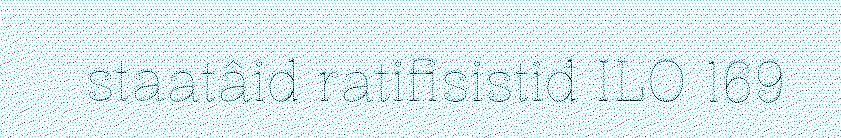
staatâid ratifisistiđ ILO 169